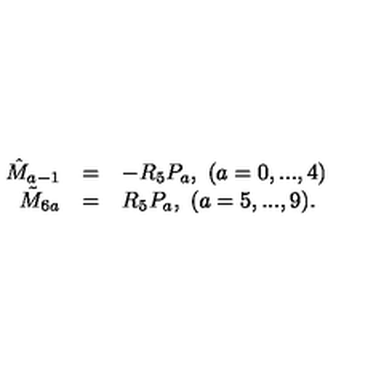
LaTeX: \begin{array} { r c l } { \hat { M } _ { a - 1 } } & { = } & { - R _ { 5 } P _ { a } , \ ( a = 0 , . . . , 4 ) } \\ { \tilde { M } _ { 6 a } } & { = } & { R _ { 5 } P _ { a } , \ ( a = 5 , . . . , 9 ) . } \\ \end{array}